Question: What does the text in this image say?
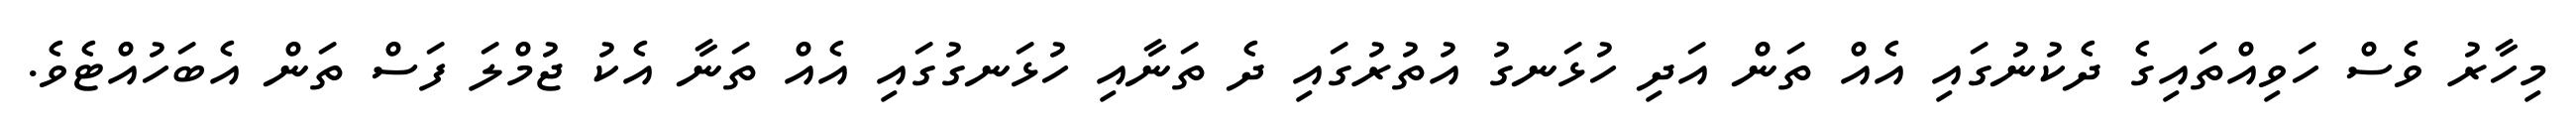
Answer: މިހާރު ވެސް ހަވިއްތައިގެ ދެކުނުގައި އެއް ތަން އަދި ހުޅަނގު އުތުރުގައި ދެ ތަނާއި ހުޅަނގުގައި އެއް ތަނާ އެކު ޖުމްލަ ފަސް ތަން އެބަހުއްޓެވެ.